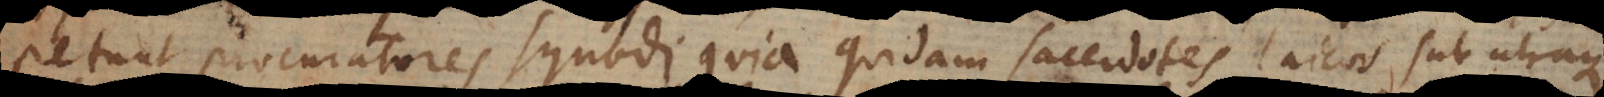
petunt procuratores synodi, quia quidam sacerdotes laicos sub utraque